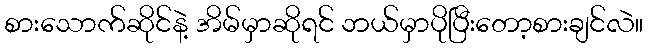
စားသောက်ဆိုင်နဲ့ အိမ်မှာဆိုရင် ဘယ်မှာပိုပြီးတော့စားချင်လဲ။